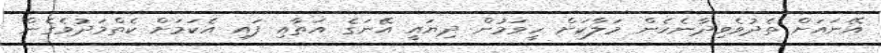
އޭނައަށް ތެދުވެވިދާނެހެން މަލާކަށް ހީވަމުން ދިޔައީ އޭނަގެ އަތާއި ފައި އެކަމަށް ކެތްމަދުވެގެން